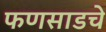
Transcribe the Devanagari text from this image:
फणसाडचे